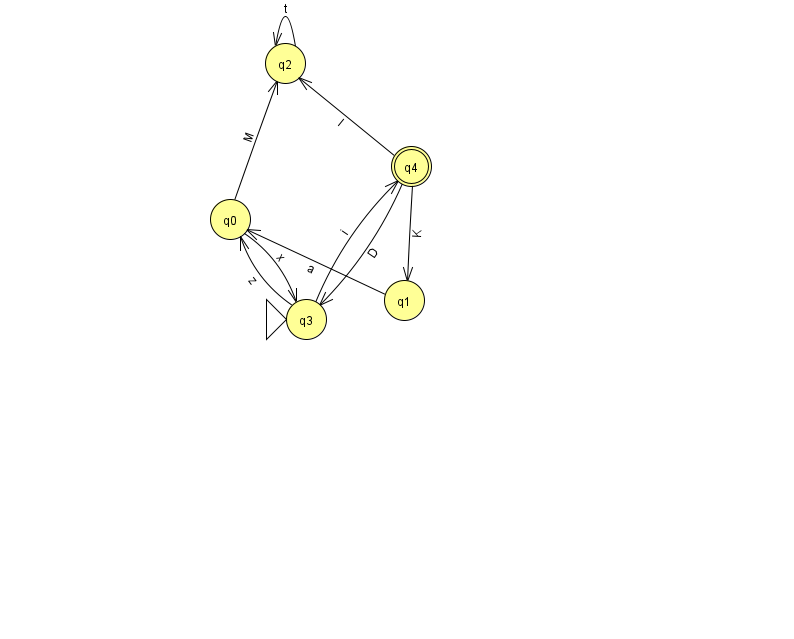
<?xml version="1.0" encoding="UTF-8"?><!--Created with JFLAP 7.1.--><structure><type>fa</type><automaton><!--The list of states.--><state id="0" name="q0"><x>230.0</x><y>206.0</y></state><state id="1" name="q1"><x>404.0</x><y>287.0</y></state><state id="2" name="q2"><x>285.0</x><y>50.0</y></state><state id="3" name="q3"><x>306.0</x><y>306.0</y><initial/></state><state id="4" name="q4"><x>411.0</x><y>153.0</y><final/></state><!--The list of transitions.--><transition><from>3</from><to>0</to><read>z</read></transition><transition><from>0</from><to>3</to><read>x</read></transition><transition><from>1</from><to>0</to><read>a</read></transition><transition><from>2</from><to>2</to><read>t</read></transition><transition><from>3</from><to>4</to><read>i</read></transition><transition><from>4</from><to>2</to><read>l</read></transition><transition><from>4</from><to>3</to><read>D</read></transition><transition><from>0</from><to>2</to><read>M</read></transition><transition><from>4</from><to>1</to><read>K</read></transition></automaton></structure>